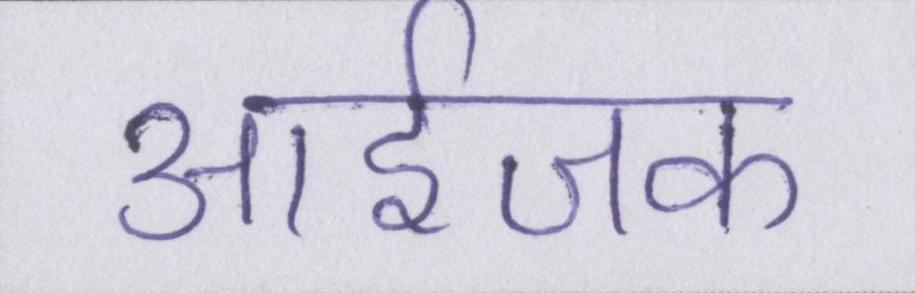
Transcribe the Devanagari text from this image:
आईजक